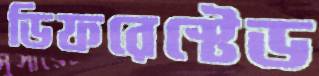
ডিফরেস্টেড